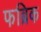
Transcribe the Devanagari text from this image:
फब्रिक